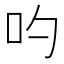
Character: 𠮭